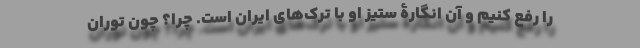
را رفع کنیم و آن انگارۀ ستیز او با ترک‌های ایران است. چرا؟ چون توران